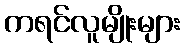
ကရင်လူမျိုးများ